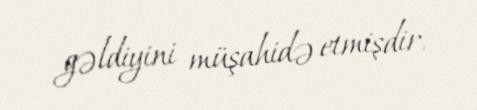
gəldiyini müşahidə etmişdir.